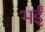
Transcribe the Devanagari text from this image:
भईं